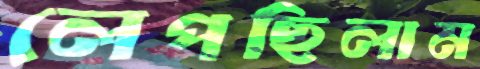
লেপছিলাম